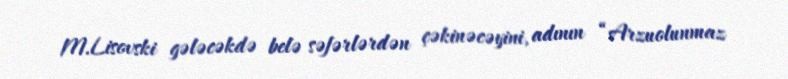
M.Lisovski gələcəkdə belə səfərlərdən çəkinəcəyini, adının “Arzuolunmaz